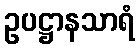
ဥပဋ္ဌာနသာရံ